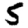
Digit: 5